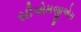
સીએમજીએસ